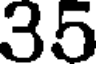
35